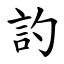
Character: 訋